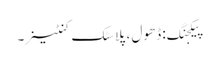
پیکجنگ: ڈھول ، پلاسٹک کنٹینر۔